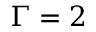
\Gamma = 2